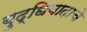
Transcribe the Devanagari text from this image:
बुद्धिवादाचे